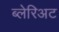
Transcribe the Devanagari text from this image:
ब्लेरिअट